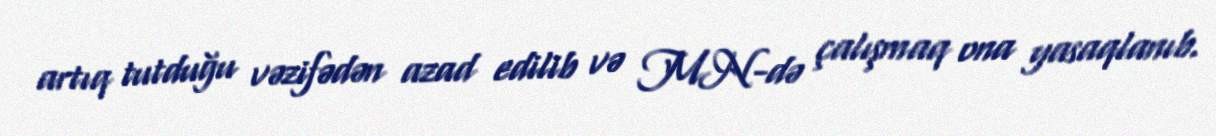
artıq tutduğu vəzifədən azad edilib və MN-də çalışmaq ona yasaqlanıb.